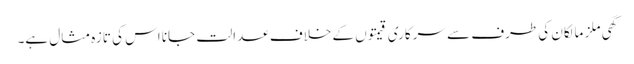
گھی ملز مالکان کی طرف سے سرکاری قیمتوں کے خلاف عدالت جانا اس کی تازہ مثال ہے۔